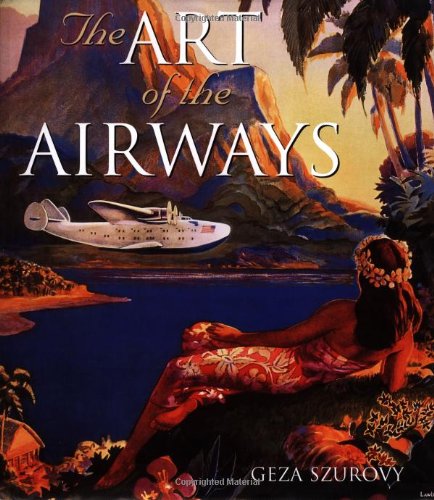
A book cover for Art of the Airways; Geza Szurovy; Arts & Photography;